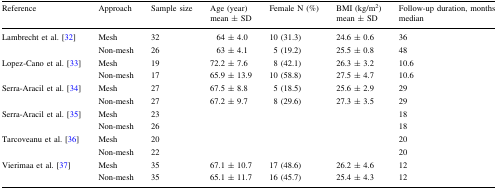
| Reference | Approach | Sample size | Age (year)mean ± SD | Female N (%) | BMI (kg/m2)mean ± SD | Follow-up duration, monthsmedian |
 | --- | --- | --- | --- | --- | --- | --- |
 | Lambrecht et al. [32] | Mesh | 32 | 64 ± 4.0 | 10 (31.3) | 24.6 ± 0.6 | 36 |
 |  | Non-mesh | 26 | 63 ± 4.1 | 5 (19.2) | 25.5 ± 0.8 | 48 |
 | Lopez-Cano et al. [33] | Mesh | 19 | 72.2 ± 7.6 | 8 (42.1) | 26.3 ± 3.2 | 10.6 |
 |  | Non-mesh | 17 | 65.9 ± 13.9 | 10 (58.8) | 27.5 ± 4.7 | 10.6 |
 | Serra-Aracil et al. [34] | Mesh | 27 | 67.5 ± 8.8 | 5 (18.5) | 25.6 ± 2.9 | 29 |
 |  | Non-mesh | 27 | 67.2 ± 9.7 | 8 (29.6) | 27.3 ± 3.5 | 29 |
 | Serra-Aracil et al. [35] | Mesh | 23 |  |  |  | 18 |
 |  | Non-mesh | 26 |  |  |  | 18 |
 | Tarcoveanu et al. [36] | Mesh | 20 |  |  |  | 20 |
 |  | Non-mesh | 22 |  |  |  | 20 |
 | Vierimaa et al. [37] | Mesh | 35 | 67.1 ± 10.7 | 17 (48.6) | 26.2 ± 4.6 | 12 |
 |  | Non-mesh | 35 | 65.1 ± 11.7 | 16 (45.7) | 25.4 ± 4.3 | 12 |